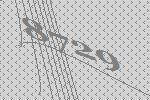
8729